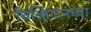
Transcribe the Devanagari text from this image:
चिव्हिंग्टनच्या